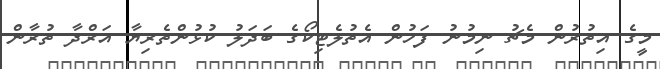
މީގެ އިތުރުން މެޗު ނިމުނު ފަހުން އެތުލެޓިކޯގެ ބަދަލު ކުޅުންތެރިޔާ އަރްދާ ތުރާން